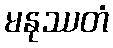
မနုဿတံ